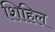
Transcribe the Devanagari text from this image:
शिहिल